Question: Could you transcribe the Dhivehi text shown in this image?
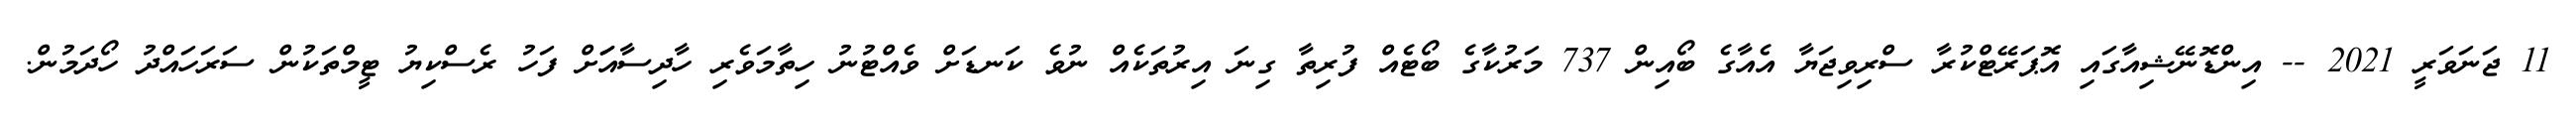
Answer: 11 ޖަނަވަރީ 2021 -- އިންޑޮނޭޝިއާގައި އޮޕަރޭޓްކުރާ ސްރިވިޖަޔާ އެއާގެ ބޯއިން 737 މަރުކާގެ ބޯޓެއް ފުރިތާ ގިނަ އިރުތަކެއް ނުވެ ކަނޑަށް ވެއްޓުނު ހިތާމަވެރި ހާދިސާއަަށް ފަހު ރެސްކިޔު ޓީމްތަކުން ސަރަހައްދު ހޯދަމުން.